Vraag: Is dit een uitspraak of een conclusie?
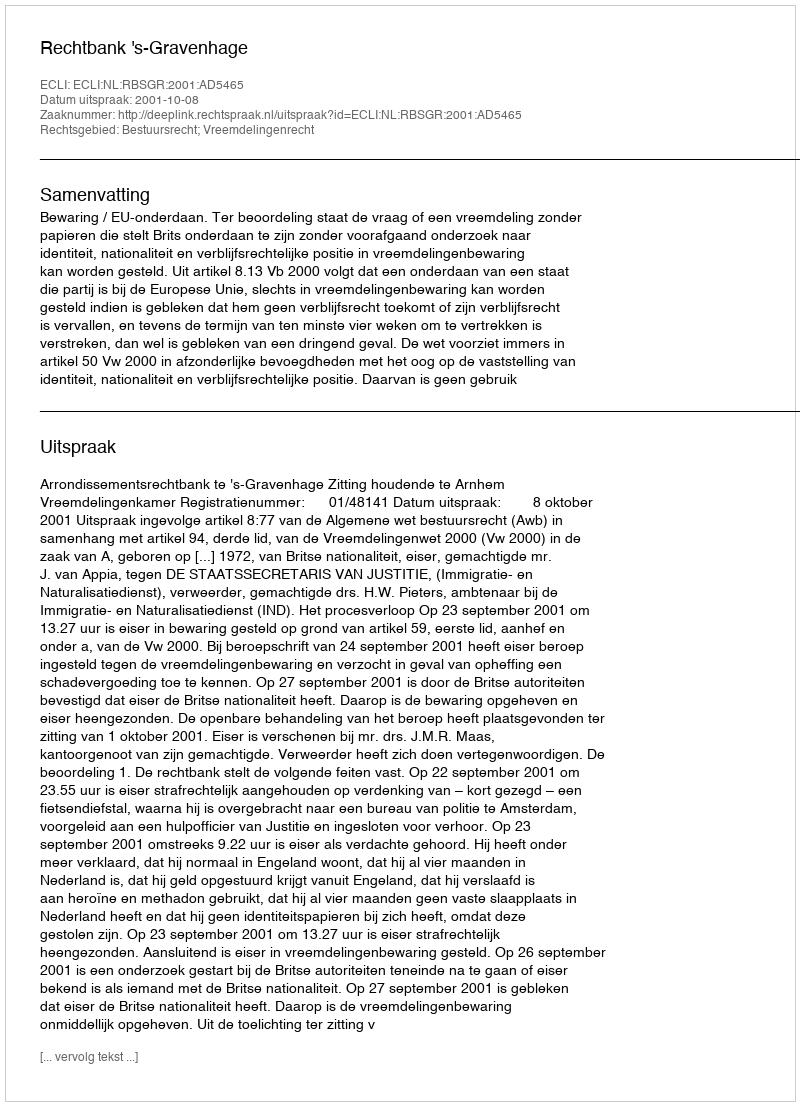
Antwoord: Uitspraak